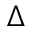
\Delta